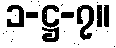
၁-ဋ္ဌ-၇။